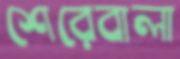
শেরেবালা